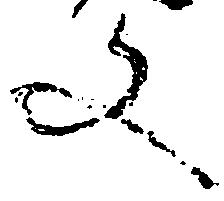
文